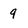
Character: 9